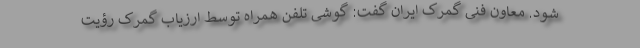
شود. معاون فنی گمرک ایران گفت: گوشی تلفن همراه توسط ارزیاب گمرک رؤیت